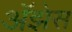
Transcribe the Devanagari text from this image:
अॅझेस